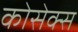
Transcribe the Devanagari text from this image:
कोसेक्स